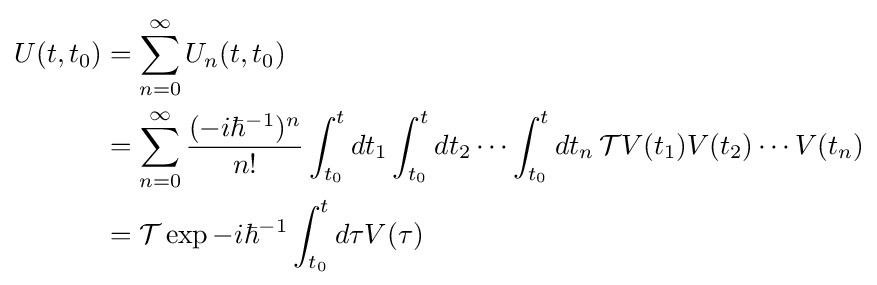
{\begin{aligned}U(t,t_{0})&=\sum _{n=0}^{\infty }U_{n}(t,t_{0})\\&=\sum _{n=0}^{\infty }{\frac {(-i\hbar ^{-1})^{n}}{n!}}\int _{t_{0}}^{t}dt_{1}\int _{t_{0}}^{t}dt_{2}\cdots \int _{t_{0}}^{t}dt_{n}\,{\mathcal {T}}V(t_{1})V(t_{2})\cdots V(t_{n})\\&={\mathcal {T}}\exp {-i\hbar ^{-1}\int _{t_{0}}^{t}{d\tau V(\tau )}}\end{aligned}}